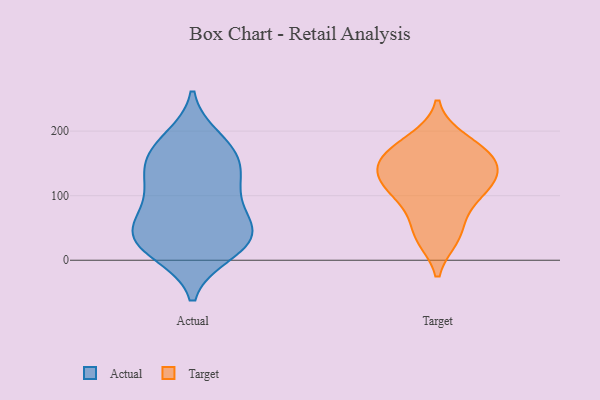
{"axis": {"x": "LTV (USD)", "y": "Value"}, "legend": ["Actual", "Target"], "data": [{"x": "", "y": 54, "type": "Actual"}, {"x": "", "y": 121, "type": "Actual"}, {"x": "", "y": 180, "type": "Actual"}, {"x": "", "y": 162, "type": "Actual"}, {"x": "", "y": 43, "type": "Actual"}, {"x": "", "y": 156, "type": "Actual"}, {"x": "", "y": 24, "type": "Actual"}, {"x": "", "y": 78, "type": "Actual"}, {"x": "", "y": 14, "type": "Actual"}, {"x": "", "y": 41, "type": "Actual"}, {"x": "", "y": 188, "type": "Actual"}, {"x": "", "y": 111, "type": "Actual"}, {"x": "", "y": 60, "type": "Actual"}, {"x": "", "y": 116, "type": "Actual"}, {"x": "", "y": 149, "type": "Actual"}, {"x": "", "y": 33, "type": "Actual"}, {"x": "", "y": 11, "type": "Actual"}, {"x": "", "y": 159, "type": "Target"}, {"x": "", "y": 125, "type": "Target"}, {"x": "", "y": 95, "type": "Target"}, {"x": "", "y": 97, "type": "Target"}, {"x": "", "y": 36, "type": "Target"}, {"x": "", "y": 127, "type": "Target"}, {"x": "", "y": 186, "type": "Target"}, {"x": "", "y": 169, "type": "Target"}, {"x": "", "y": 133, "type": "Target"}, {"x": "", "y": 157, "type": "Target"}, {"x": "", "y": 43, "type": "Target"}]}